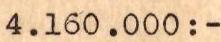
4.160.000:-